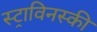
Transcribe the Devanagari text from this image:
स्ट्राविनस्की